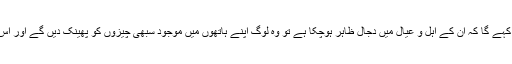
اس کے بعد وہ مال غنیمت تقسیم کررہے ہوں گے کہ ایک زور سے چیخنے والا انسان آئے گا اور کہے گا کہ ان کے اہل و عیال میں دجال ظاہر ہوچکا ہے تو وہ لوگ اپنے ہاتھوں میں موجود سبھی چیزوں کو پھینک دیں گے اور اس کا رخ کریں گے اور سب سے پہلے دس سواروں کو اس کی خبر لانے کے لئے روانہ کریں گے۔